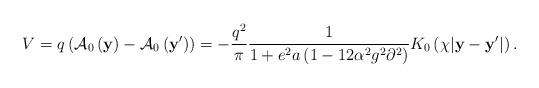
LaTeX: \begin{align*}V = q\left( {{\cal A}_0 \left( {\bf y} \right) - {\cal A}_0 \left({{\bf y}^\prime } \right)} \right) = - \frac{{q^2 }}{\pi}\frac{1}{{1 + e^2 a\left( {1 - 12\alpha ^2 g^2 \partial ^2 }\right)}}K_0 \left( {\chi |{\bf y} - {\bf y}^\prime |} \right).\end{align*}